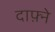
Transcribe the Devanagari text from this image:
दाफ़्ने